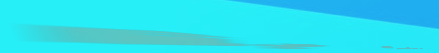
تأجير السيارات الفاخرة بأ